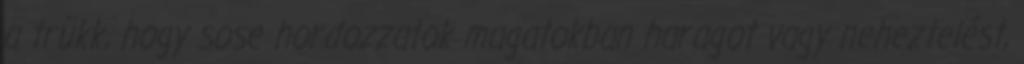
a trükk, hogy sose hordozzatok magatokban haragot vagy neheztelést,